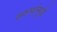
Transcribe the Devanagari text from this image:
तरुणांमुळे